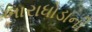
ખારાધોડાની